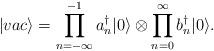
LaTeX: \begin{align*} |vac \rangle = \prod_{n=-\infty}^{-1}a_n^\dagger |0 \rangle \otimes \prod_{n=0}^{\infty}b_n^\dagger |0 \rangle.\end{align*}